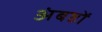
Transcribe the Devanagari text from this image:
अंबष्ठों